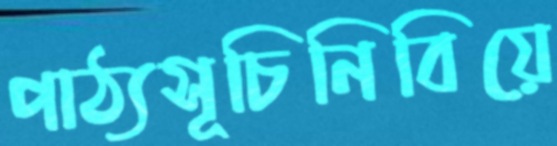
পাঠ্যসূচিনিবিয়ে